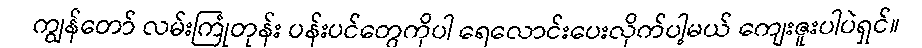
ကျွန်တော် လမ်းကြုံတုန်း ပန်းပင်တွေကိုပါ ရေလောင်းပေးလိုက်ပါ့မယ် ကျေးဇူးပါပဲရှင်။